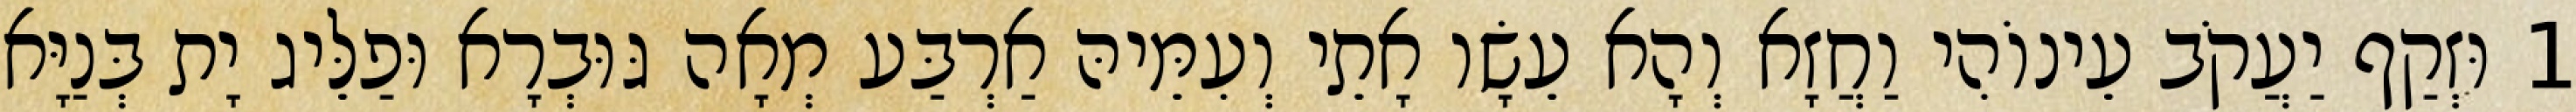
1 וּזְקַף יַעֲקֹב עֵינוֹהִי וַחֲזָא וְהָא עֵשָׂו אָתֵי וְעִמֵּיהּ אַרְבַּע מְאָה גּוּבְרָא וּפַלֵּיג יָת בְּנַיָּא